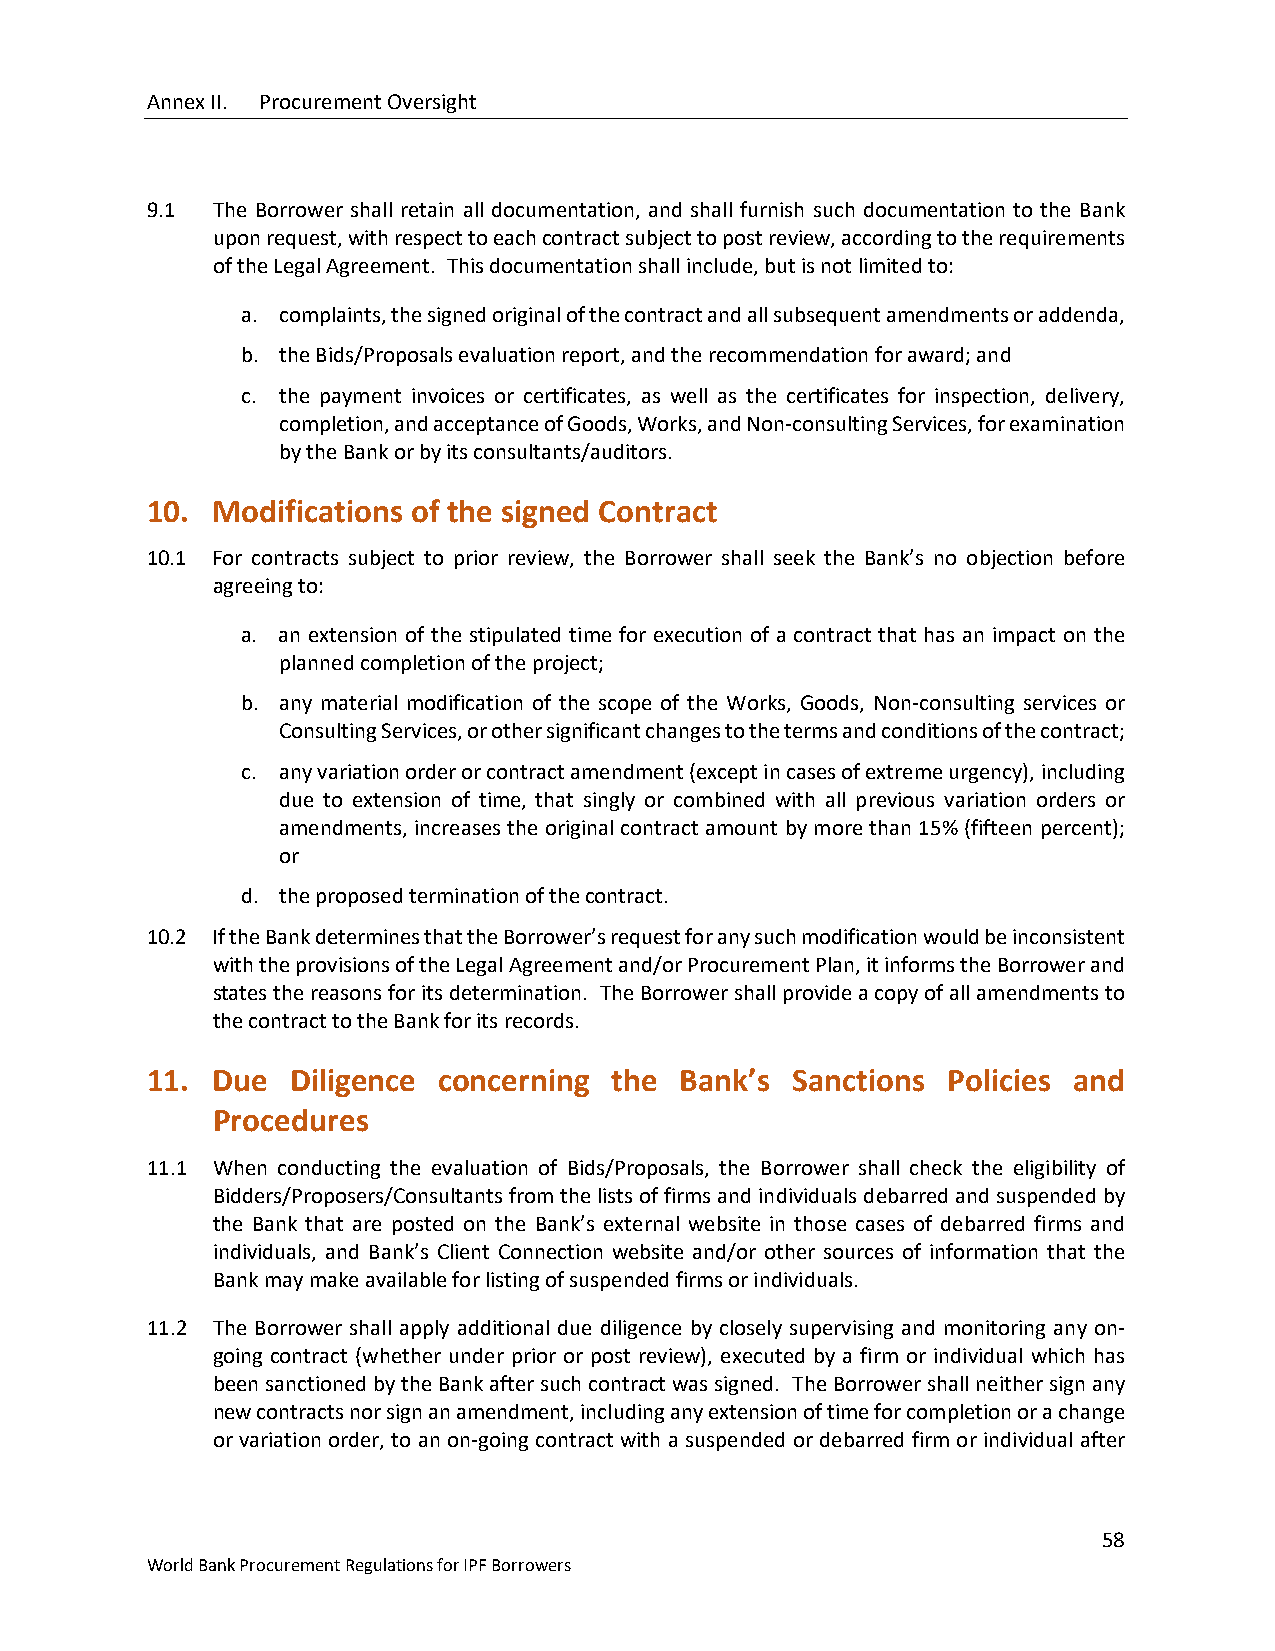
Annex II. Procurement Oversight
 9.1 The Borrower shall retain all documentation, and shall furnish such documentation to the Bank
 upon request, with respect to each contract subject to post review, according to the requirements
 of the Legal Agreement. This documentation shall include, but is not limited to:
 a. complaints, the signed original of the contract and all subsequent amendments or addenda,
 b. the Bids/Proposals evaluation report, and the recommendation for award; and
 c. the payment invoices or certificates, as well as the certificates for inspection, delivery,
 completion, and acceptance of Goods, Works, and Non-consulting Services, for examination
 by the Bank or by its consultants/auditors.
 10. Modifications of the signed Contract
 10.1 For contracts subject to prior review, the Borrower shall seek the Bank’s no objection before
 agreeing to:
 a. an extension of the stipulated time for execution of a contract that has an impact on the
 planned completion of the project;
 b. any material modification of the scope of the Works, Goods, Non-consulting services or
 Consulting Services, or other significant changes to the terms and conditions of the contract;
 c. any variation order or contract amendment (except in cases of extreme urgency), including
 due to extension of time, that singly or combined with all previous variation orders or
 amendments, increases the original contract amount by more than 15% (fifteen percent);
 or
 d. the proposed termination of the contract.
 10.2 If the Bank determines that the Borrower’s request for any such modification would be inconsistent
 with the provisions of the Legal Agreement and/or Procurement Plan, it informs the Borrower and
 states the reasons for its determination. The Borrower shall provide a copy of all amendments to
 the contract to the Bank for its records.
 11. Due  Diligence concerning  the Bank’s Sanctions  Policies and
 Procedures
 11.1 When conducting the evaluation of Bids/Proposals, the Borrower shall check the eligibility of
 Bidders/Proposers/Consultants from the lists of firms and individuals debarred and suspended by
 the Bank that are posted on the Bank’s external website in those cases of debarred firms and
 individuals, and Bank’s Client Connection website and/or other sources of information that the
 Bank may make available for listing of suspended firms or individuals.
 11.2 The Borrower shall apply additional due diligence by closely supervising and monitoring any on-
 going contract (whether under prior or post review), executed by a firm or individual which has
 been sanctioned by the Bank after such contract was signed. The Borrower shall neither sign any
 new contracts nor sign an amendment, including any extension of time for completion or a change
 or variation order, to an on-going contract with a suspended or debarred firm or individual after
 58
 World Bank Procurement Regulations for IPF Borrowers